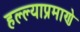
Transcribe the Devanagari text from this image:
हल्ल्याप्रमाणे